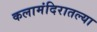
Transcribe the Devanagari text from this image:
कलामंदिरातल्या